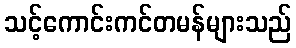
သင့်ကောင်းကင်တမန်များသည်